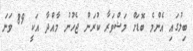
ބިލުގައި އެންމެ ބޮޑަށް މަޝްވަރާ ކުރަން ޖެހުނު މާއްދާ އަކީ 89 ވަނަ